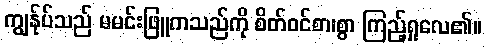
ကျွန်ုပ်သည် မမင်းဖြူကသည်ကို စိတ်ဝင်စာ၊စွာ ကြည့်ရှုလေ၏။